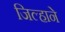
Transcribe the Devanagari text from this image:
जिल्हाने